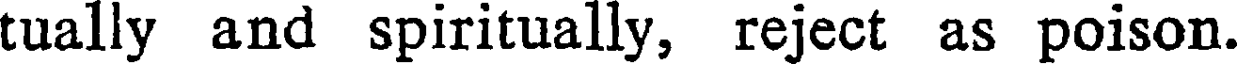
tually and spiritually, reject as poison.